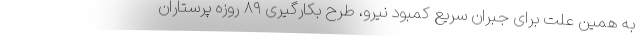
به همین علت برای جبران سریع کمبود نیرو، طرح بکارگیری ۸۹ روزه پرستاران